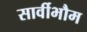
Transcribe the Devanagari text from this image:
सार्वीभौम